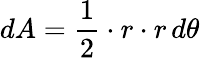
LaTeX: dA={\frac{1}{2}}\cdot r\cdot r\, d\theta